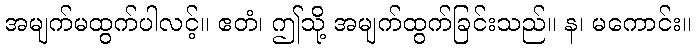
အမျက်မထွက်ပါလင့်။ ဧတံ၊ ဤသို့ အမျက်ထွက်ခြင်းသည်။ န၊ မကောင်း။